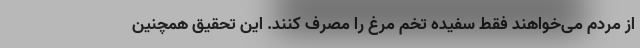
از مردم می‌خواهند فقط سفیده تخم مرغ را مصرف کنند. این تحقیق همچنین